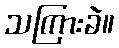
သကြားခဲ။